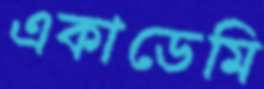
একাডেমি